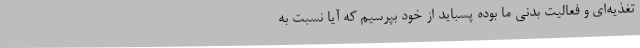
تغذیه‌ای و فعالیت بدنی ما بوده پسباید از خود بپرسیم که آیا نسبت به